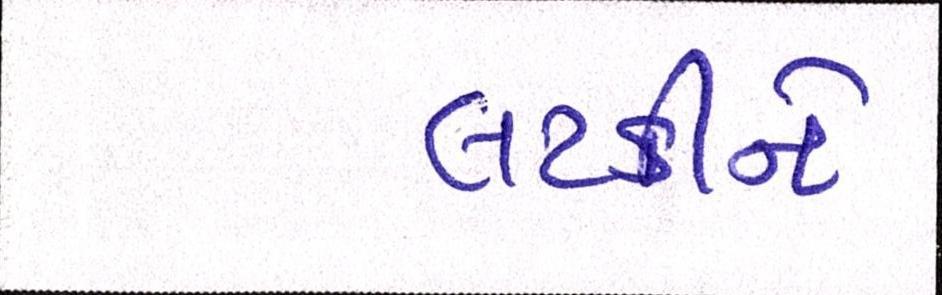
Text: લટકીને